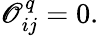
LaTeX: \begin{array}{r}{\mathscr{O}_{ij}^{q}=0.}\end{array}